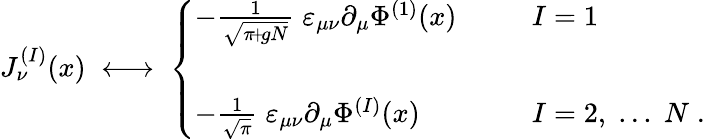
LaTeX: J_{\nu}^{(I)}(x)\; \longleftrightarrow\; \left\{ \begin{array}{ll}{{-\frac{1}{\sqrt{\pi\! +\! gN}}\; \varepsilon_{\mu\nu}\partial_{\mu}\Phi^{(1)}(x)\; \; \; \; \; \; }}&{{I=1}}\\ {{\; }}&{{\; }}\\ {{-\frac{1}{\sqrt{\pi}}\; \varepsilon_{\mu\nu}\partial_{\mu}\Phi^{(I)}(x)\; \; \; \; \; \; }}&{{I=2,\; ...\; N\; .}}\end{array}\right.